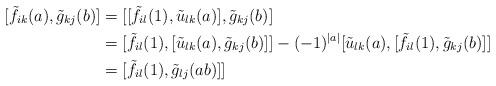
LaTeX: \begin{align*}[\tilde{f}_{ik}(a),\tilde{g}_{kj}(b)]&=[[\tilde{f}_{il}(1),\tilde{u}_{lk}(a)],\tilde{g}_{kj}(b)]\\&=[\tilde{f}_{il}(1),[\tilde{u}_{lk}(a),\tilde{g}_{kj}(b)]]-(-1)^{|a|}[\tilde{u}_{lk}(a),[\tilde{f}_{il}(1),\tilde{g}_{kj}(b)]]\\&=[\tilde{f}_{il}(1),\tilde{g}_{lj}(ab)]]\end{align*}